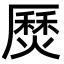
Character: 㷴